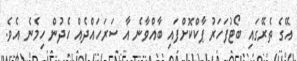
އޭގެ ތެރޭގައި ބޯޓުފަހަރު ޕާކްކޮށްފައި ބާއްވާނެ އާ ސަރަހައްދެއް ހެދުން ހިމެނެ އެވެ.